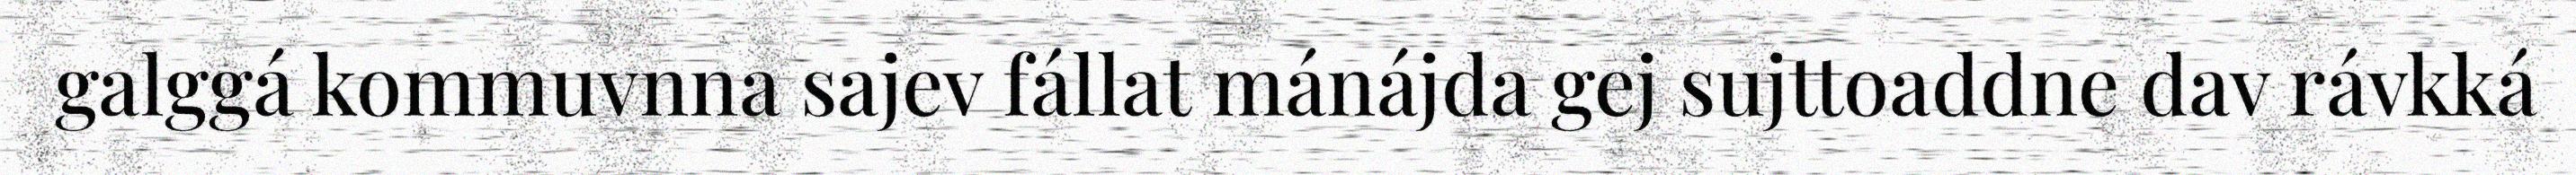
galggá kommuvnna sajev fállat mánájda gej sujttoaddne dav rávkká